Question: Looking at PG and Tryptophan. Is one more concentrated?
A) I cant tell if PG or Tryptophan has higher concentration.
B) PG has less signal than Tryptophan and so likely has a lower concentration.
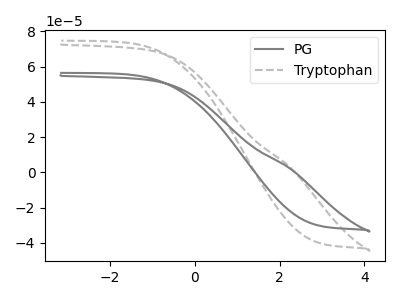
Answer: <think>The gray curve "PG" has no peaks. The gray dashed curve "Tryptophan" has no peaks.
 Neither "PG" or "Tryptophan" have any peaks.</think>
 <answer>A) I cant tell if "PG" or "Tryptophan" has higher concentration.</answer>
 <eval>A</eval>